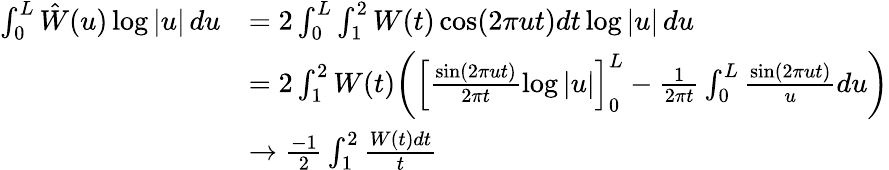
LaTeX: \begin{array}{rl}{\int_{0}^{L}\hat{W}(u)\log|u|\, du}&{=2\int_{0}^{L}\int_{1}^{2}W(t)\cos(2\pi ut)dt\log|u|\, du}\\ &{=2\int_{1}^{2}W(t)\biggl(\Bigl[\frac{\sin(2\pi ut)}{2\pi t}\log|u|\Bigr]_{0}^{L}-\frac{1}{2\pi t}\int_{0}^{L}\frac{\sin(2\pi ut)}{u}du\biggr)}\\ &{\rightarrow\frac{-1}{2}\int_{1}^{2}\frac{W(t)dt}{t}}\end{array}